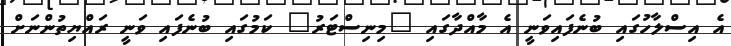
އެ އިސްލާހުގައި ބުނެފައިވަނީ އެ މާއްދާގައި "މިނިސްޓަރު" ކަމުގައި ބުނެފައި ވަނީ ރައްޔިތުންނަށް